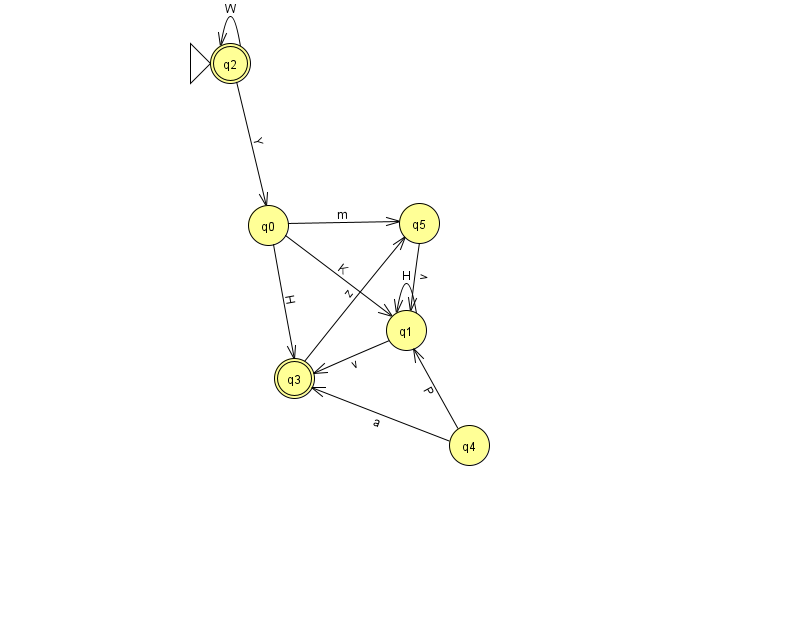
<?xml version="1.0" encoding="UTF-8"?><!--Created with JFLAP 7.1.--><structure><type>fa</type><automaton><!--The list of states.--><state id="0" name="q0"><x>268.0</x><y>212.0</y></state><state id="1" name="q1"><x>406.0</x><y>317.0</y></state><state id="2" name="q2"><x>230.0</x><y>50.0</y><initial/><final/></state><state id="3" name="q3"><x>294.0</x><y>365.0</y><final/></state><state id="4" name="q4"><x>469.0</x><y>432.0</y></state><state id="5" name="q5"><x>419.0</x><y>210.0</y></state><!--The list of transitions.--><transition><from>4</from><to>3</to><read>a</read></transition><transition><from>3</from><to>5</to><read>z</read></transition><transition><from>5</from><to>1</to><read>v</read></transition><transition><from>0</from><to>5</to><read>m</read></transition><transition><from>0</from><to>1</to><read>K</read></transition><transition><from>2</from><to>2</to><read>W</read></transition><transition><from>0</from><to>3</to><read>H</read></transition><transition><from>1</from><to>1</to><read>H</read></transition><transition><from>2</from><to>0</to><read>Y</read></transition><transition><from>1</from><to>3</to><read>v</read></transition><transition><from>4</from><to>1</to><read>P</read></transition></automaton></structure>